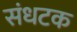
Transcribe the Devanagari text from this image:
संधटक